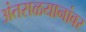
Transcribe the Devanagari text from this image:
अंतराळयानांवर